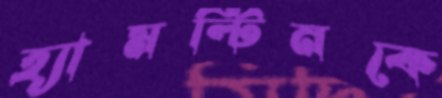
হ্যামল্টিনকে